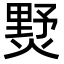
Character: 𤍓